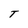
Character: T